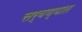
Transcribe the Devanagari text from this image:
सर्वण्यात